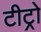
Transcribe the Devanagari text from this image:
टीट्रो